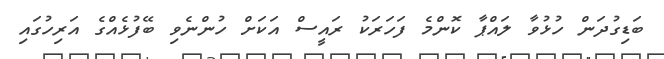
ބަޑިގުދަން ހުޅުވާ ލައްޕާ ކޮންމެ ފަހަރަކު ރައީސް އަކަށް ހުންނެވި ބޭފުޅެއްގެ އަރިހުގައި